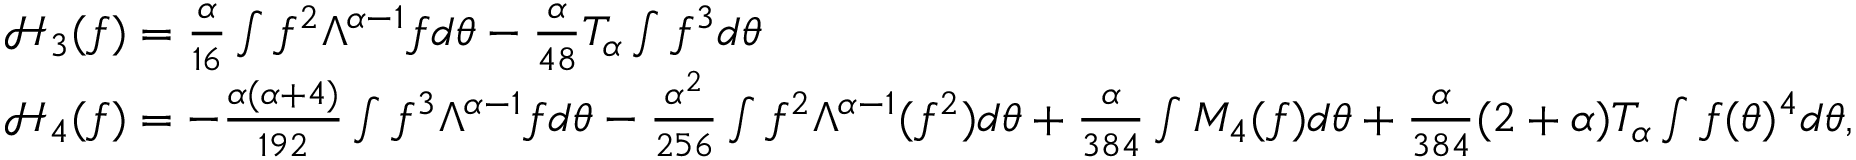
\begin{array} { r l } & { \mathcal { H } _ { 3 } ( f ) = \frac { \alpha } { 1 6 } \int f ^ { 2 } \Lambda ^ { \alpha - 1 } f d \theta - \frac { \alpha } { 4 8 } T _ { \alpha } \int f ^ { 3 } d \theta } \\ & { \mathcal { H } _ { 4 } ( f ) = - \frac { \alpha ( \alpha + 4 ) } { 1 9 2 } \int f ^ { 3 } \Lambda ^ { \alpha - 1 } f d \theta - \frac { \alpha ^ { 2 } } { 2 5 6 } \int f ^ { 2 } \Lambda ^ { \alpha - 1 } ( f ^ { 2 } ) d \theta + \frac { \alpha } { 3 8 4 } \int M _ { 4 } ( f ) d \theta + \frac { \alpha } { 3 8 4 } ( 2 + \alpha ) T _ { \alpha } \int f ( \theta ) ^ { 4 } d \theta , } \end{array}